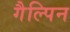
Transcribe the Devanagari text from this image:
गैल्पिन